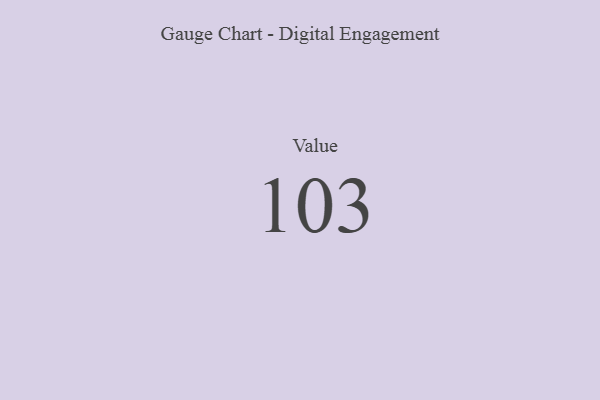
{"axis": {"x": "Metric", "y": "Value"}, "legend": [""], "data": [{"x": "Value", "y": 103, "type": ""}]}